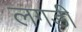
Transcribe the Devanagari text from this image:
लगडी